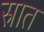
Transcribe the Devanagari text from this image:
स्रात